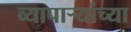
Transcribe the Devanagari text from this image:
व्यापार्‍यांच्या